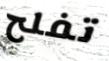
تفلح